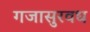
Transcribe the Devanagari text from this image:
गजासुरवध